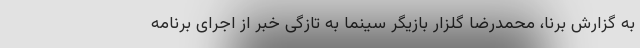
به گزارش برنا، محمدرضا گلزار بازیگر سینما به تازگی خبر از اجرای برنامه